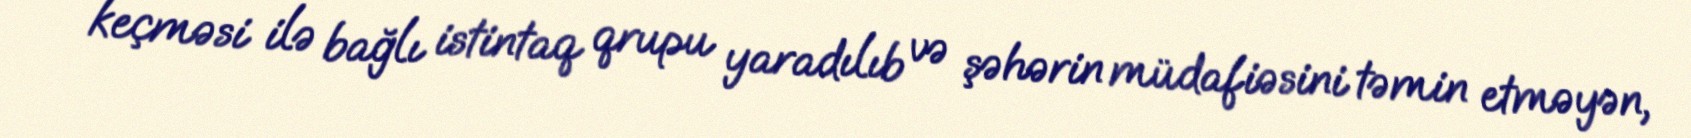
keçməsi ilə bağlı istintaq qrupu yaradılıb və şəhərin müdafiəsini təmin etməyən,